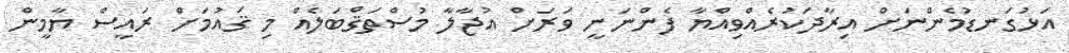
އަޅުގަނޑުމެންނަށް އިރާދަކުރެއްވިއްޔާ ފެންނަނީ ވަރަށް އުޖާލާ މުސްތަޤްބަލެއް މި ޤައުމަށް ރައީސް ޔާމީން